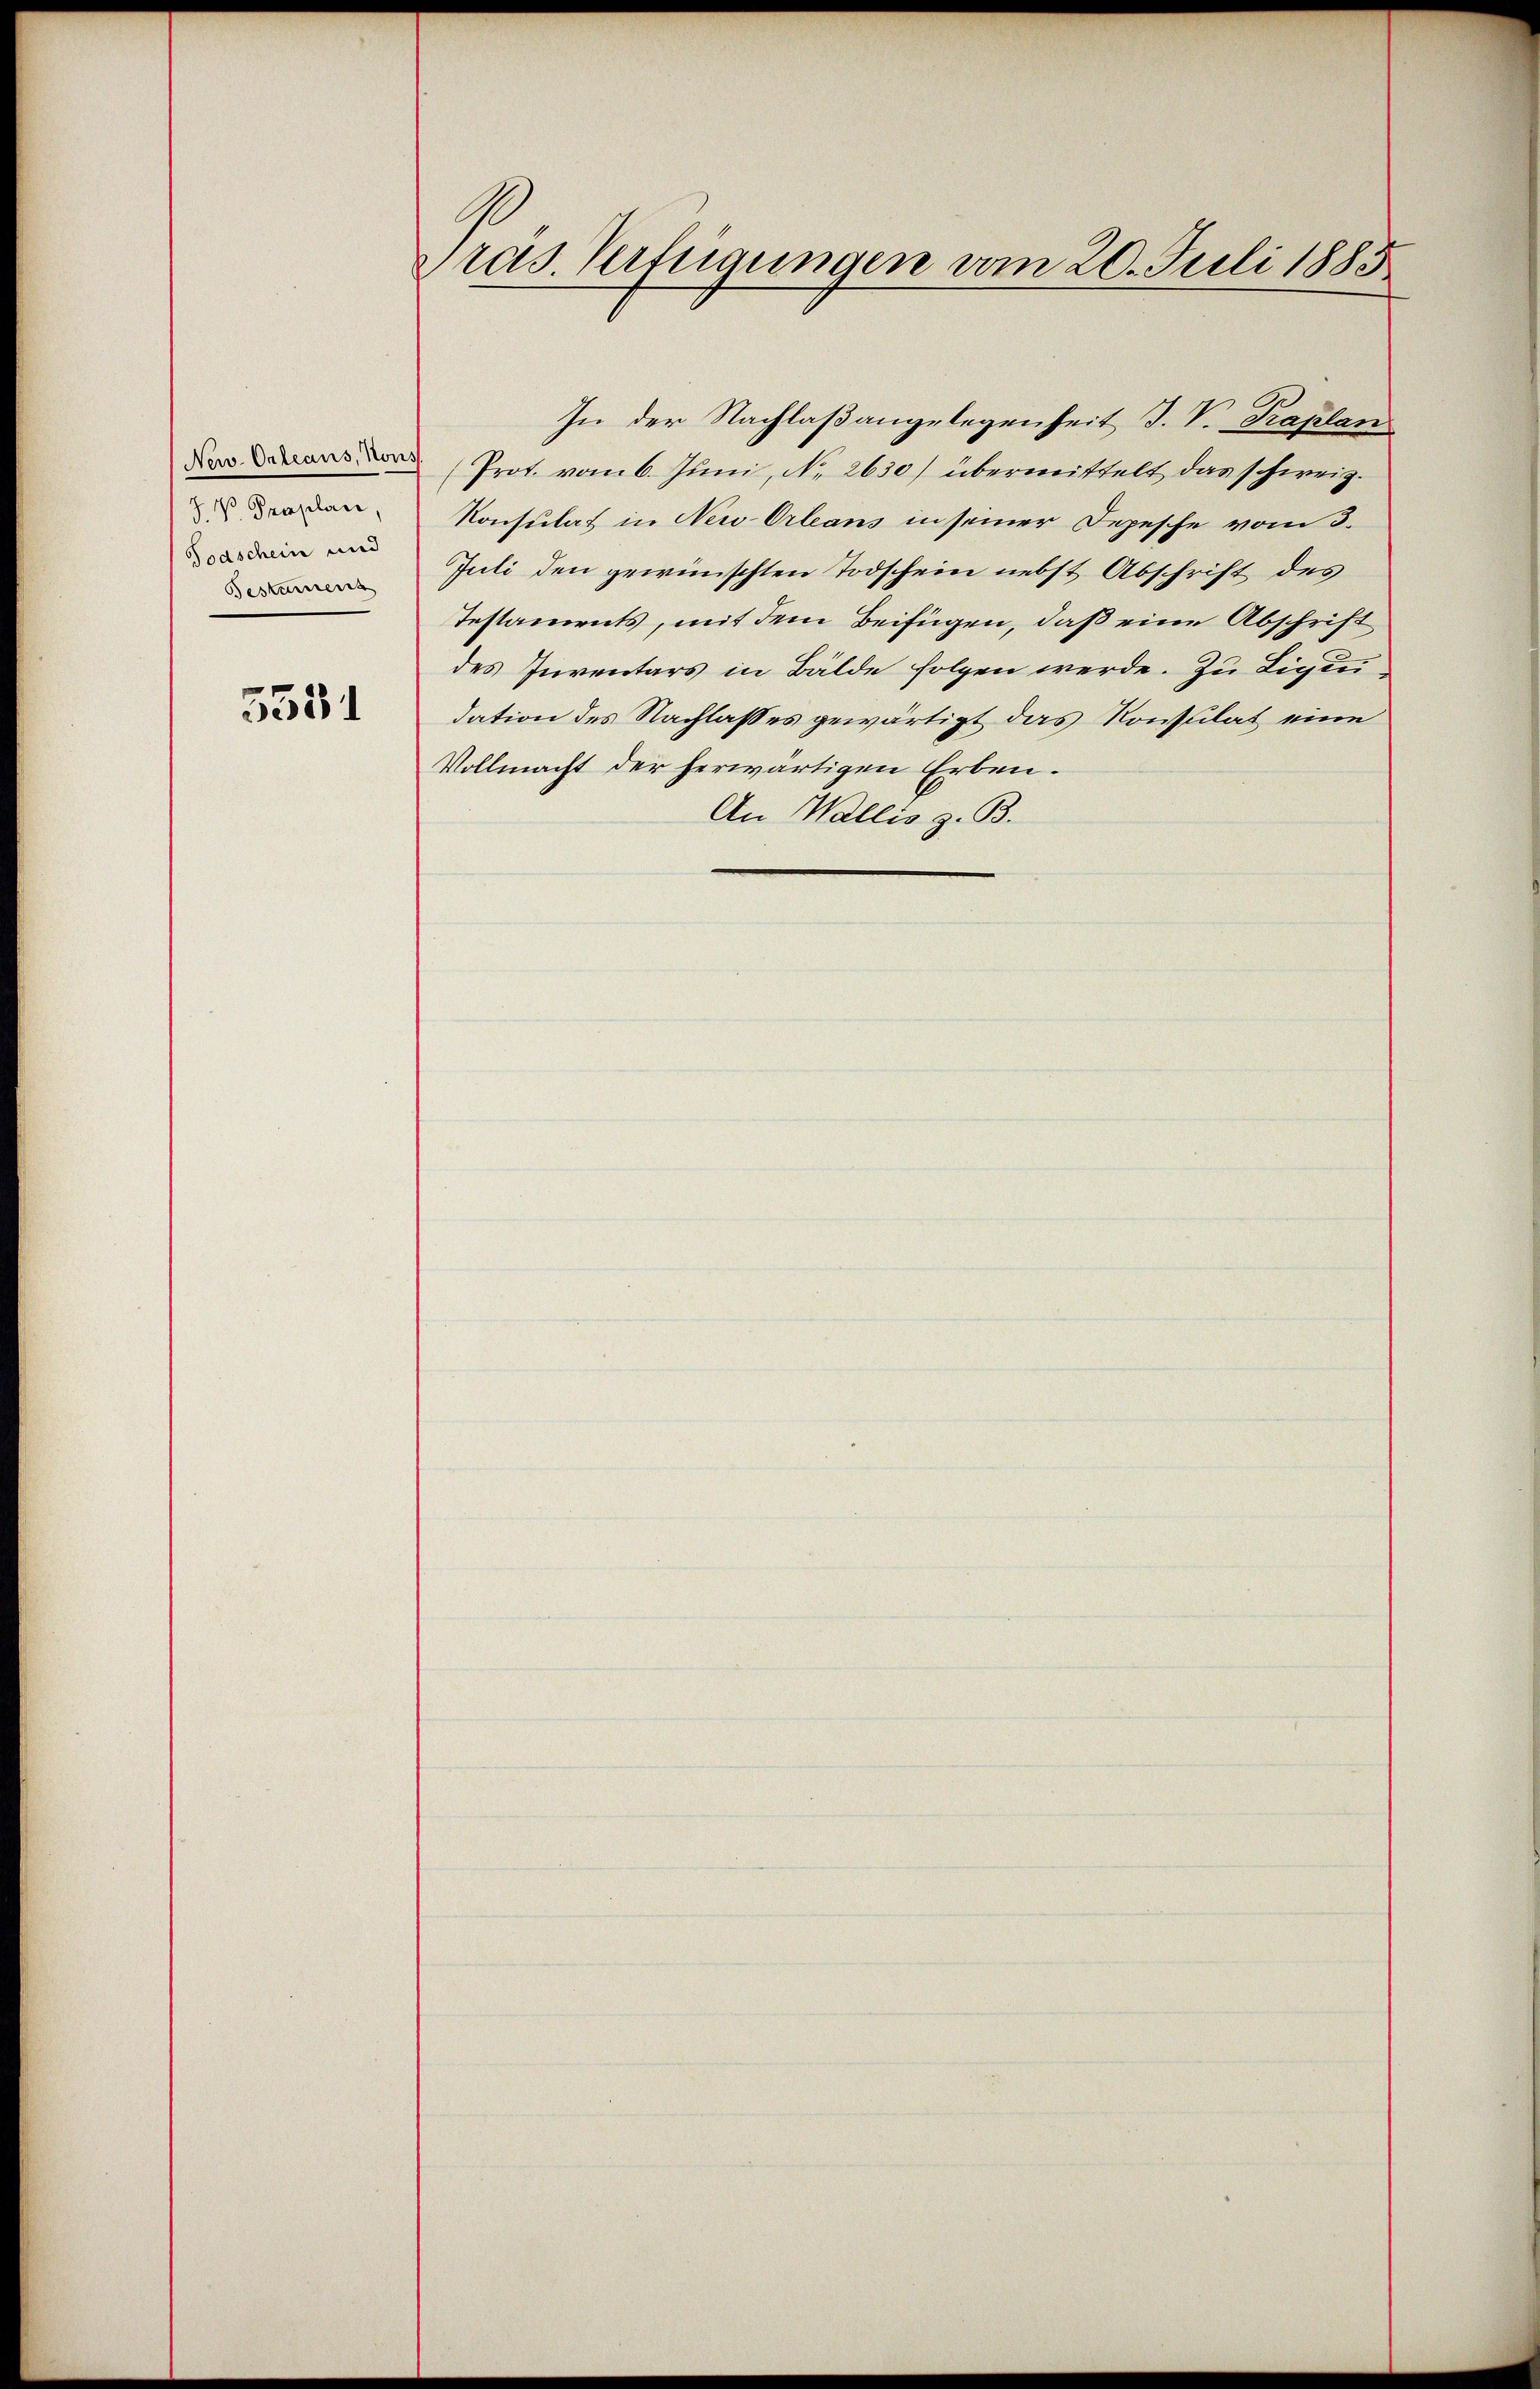
New-Orleans, von
J. V. Proplan,
Todschein und
Gestamens

5531

Pras. Verfügungen vom 20. Juli 1885

In der Nachlaßangelegenheit J. V. Kraplan
(Prot. vom 6. Juni, No 2630) übermittelt das schweiz.
Konsulat in Neu Orleans in seiner Depesche vom 3.
Juli den gewünschten Todschein nebst Abschrift des
Testaments, mit dem Beifügen, daß eine Abschrift
des Inventars in Bälde folgen werde. Zu Ligen
dation des Nachlasses gewärtigt das Konsulat eine
Vollmacht der herwärtigen Erben¬
An Wallis z. B.